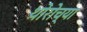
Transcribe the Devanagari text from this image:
थोरोच्या